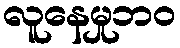
လူနေမှုဘဝ